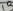
Text: 13